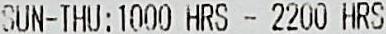
SUN-THU:1000 HRS - 2200 HRS